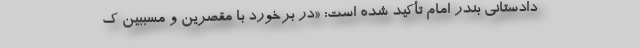
دادستانی بندر امام تأکید شده است: «در برخورد با مقصرین و مسببین ک